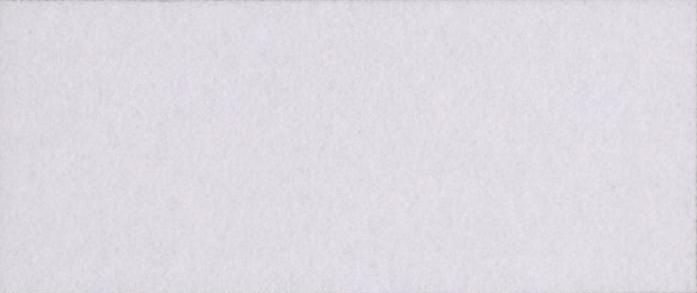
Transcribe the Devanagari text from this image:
ज़्यादा